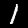
Digit: 1